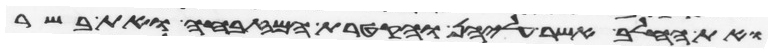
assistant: ואת החלב אשר עליהן והקטרת המזבחה ואת בשר